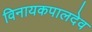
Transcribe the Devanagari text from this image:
विनायकपालदेव